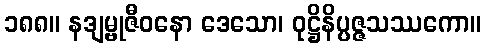
၁၈၈။ နဒျမ္ဗုဇီဝနော ဒေသော၊ ဝုဋ္ဌိနိပ္ပဇ္ဇသဿကော။